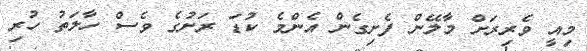
މިއީ ވެރިރަށް މާލޭން ފެށިގެން އެންމެ ކުޑަ ރަށުގެ ވެސް ހާލަތު ހުރި